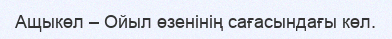
Ащыкөл – Ойыл өзенінің сағасындағы көл.